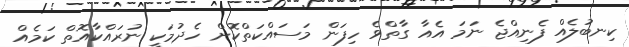
ކިނބުލެއް ފެނިއްޖެ ނަމަ އެއާ ގާތްވެ ހިފަން މަސައްކަތްކޮށް ހެދުމަކީ ނުރައްކާއޮތް ކަމެއް